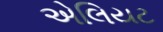
એલિયટ